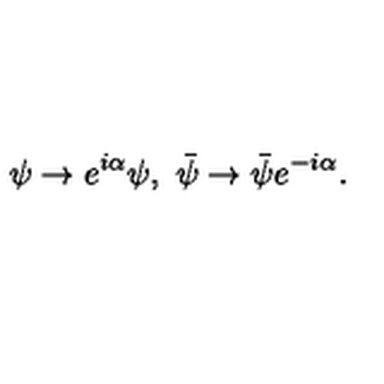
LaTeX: \psi \rightarrow e ^ { i \alpha } \psi , \ \bar { \psi } \rightarrow \bar { \psi } e ^ { - i \alpha } .